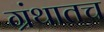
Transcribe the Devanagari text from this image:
ग्रंथातच